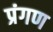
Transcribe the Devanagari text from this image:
प्रंगण